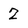
Character: Z